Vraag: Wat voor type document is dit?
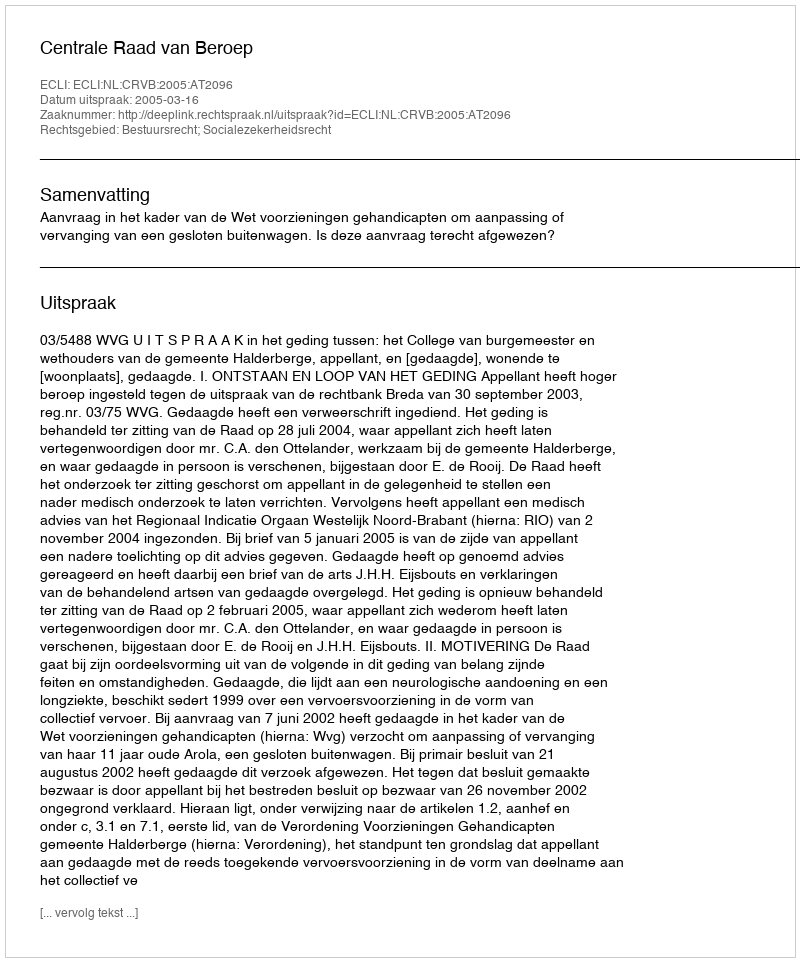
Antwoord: Uitspraak